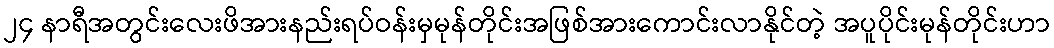
၂၄ နာရီအတွင်းလေးဖိအားနည်းရပ်ဝန်းမှမုန်တိုင်းအဖြစ်အားကောင်းလာနိုင်တဲ့ အပူပိုင်းမုန်တိုင်းဟာ